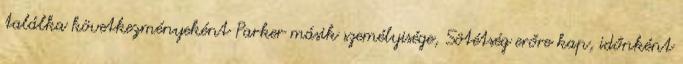
találka következményeként Parker másik személyisége, Sötétség erőre kap, időnként